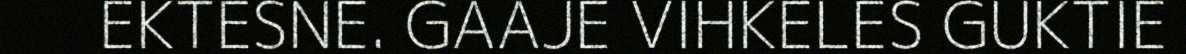
EKTESNE. GAAJE VIHKELES GUKTIE